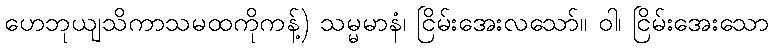
ဟေဘုယျသိကာသမထကိုကန့်) သမ္မမာနံ၊ ငြိမ်းအေးလသော်။ ဝါ၊ ငြိမ်းအေးသော